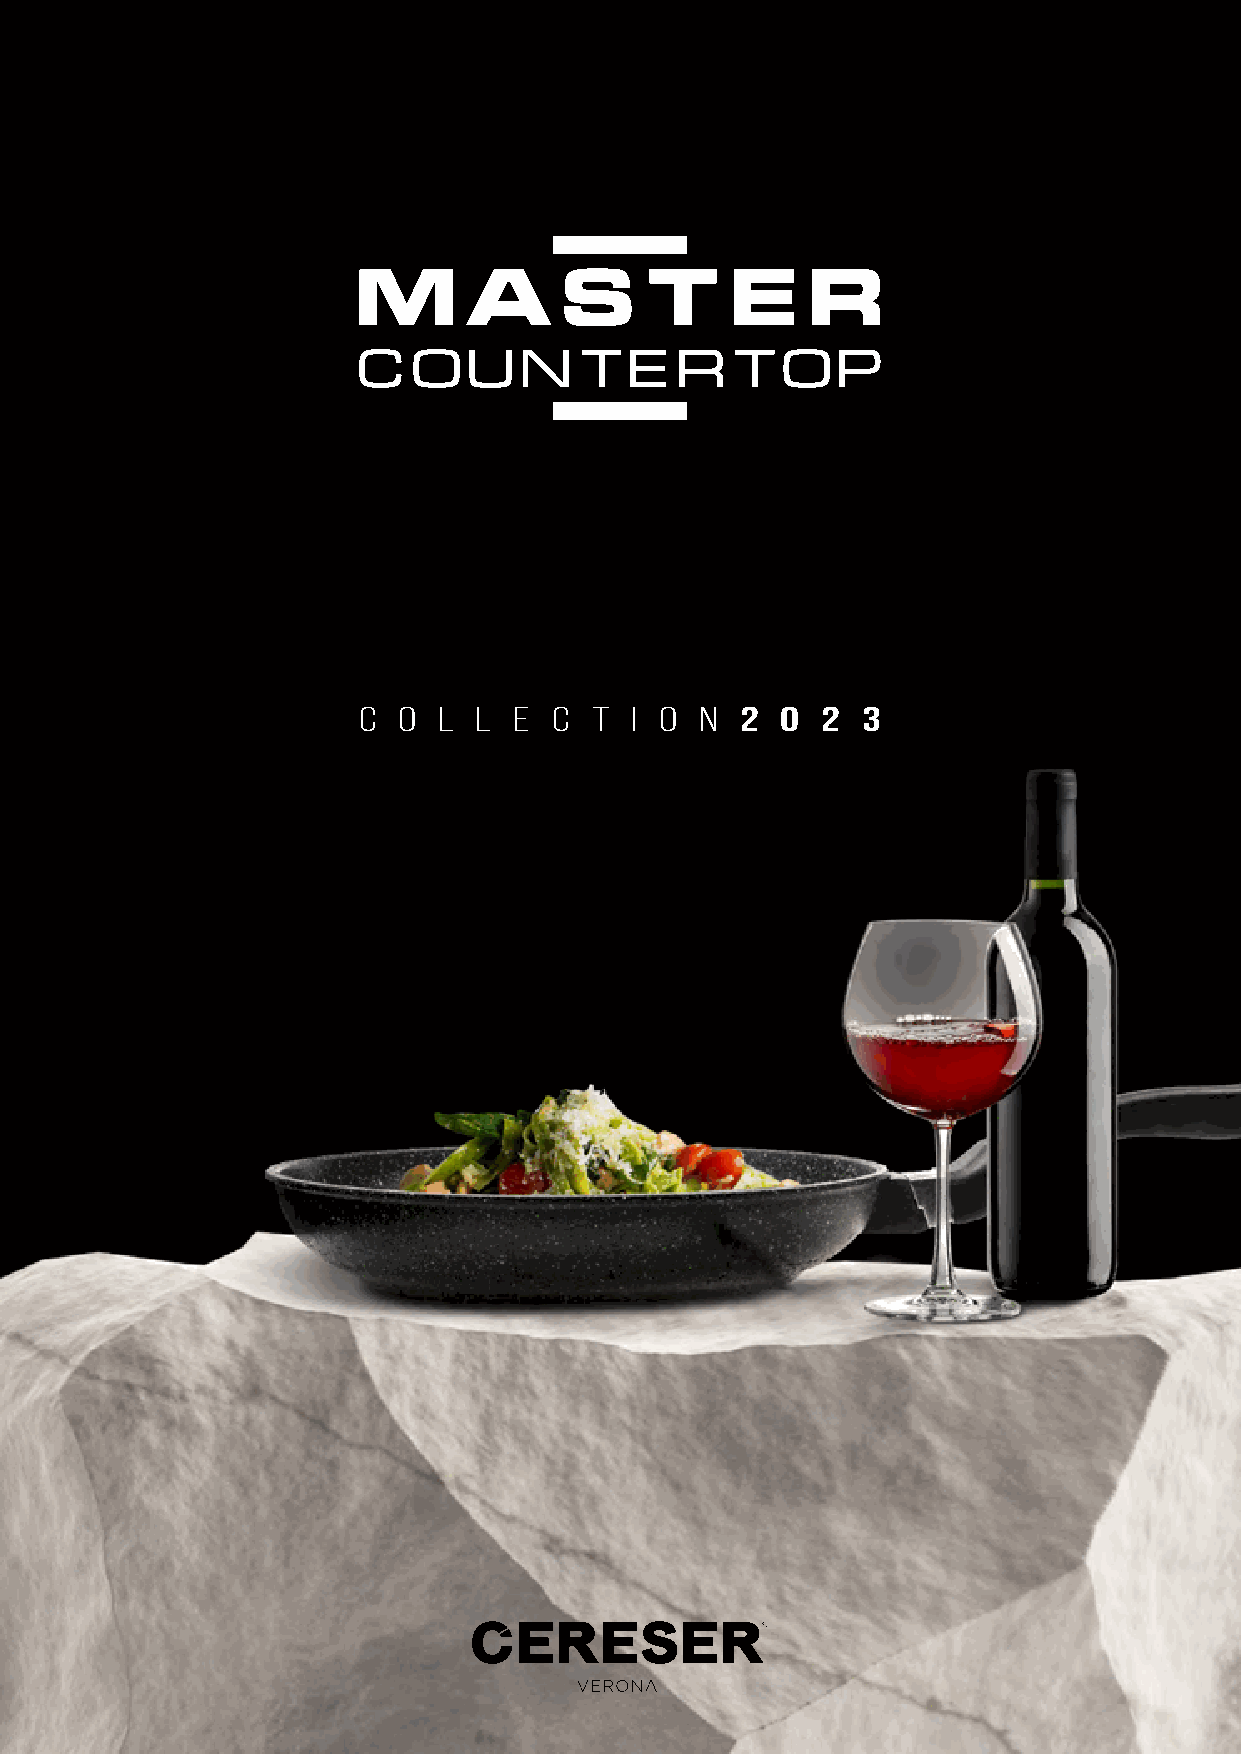
C O  L  L E  C T  I O N2  0  2  3